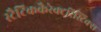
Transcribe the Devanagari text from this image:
स्टैटिककैरेक्टरिस्टिक्स